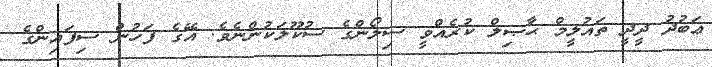
ޢަބުދު ދީދީ ތައުލީމް ޙާޞިލް ކުރެއްވީ ސިލޯންގެ ސުކޫލަކުންނެވެ. އޭގެ ފަހުން ސިފައިންގެ